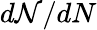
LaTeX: d\mathcal{N}/dN